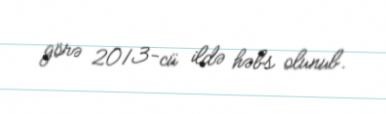
görə 2013-cü ildə həbs olunub.